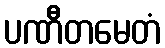
ပဏီတမေတံ